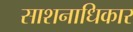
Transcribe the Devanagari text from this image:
साशनाधिकार